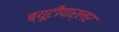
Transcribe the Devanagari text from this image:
ब्यूटीपार्लर